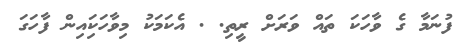
ފުނަމާ ގެ ވާހަކަ ތައް ވަރަށް ރީތި. . އެކަމަކު މިވާހަކަިއިން ފާހަގަ